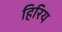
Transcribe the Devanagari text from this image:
हिरिय